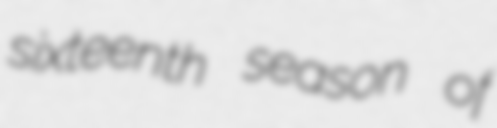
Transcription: sixteenth season of